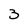
Character: 3